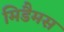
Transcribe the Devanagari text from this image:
मिडैमस